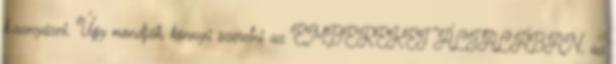
k.aanyázni. Úgy mondják, könnyű szeretni az EMBEREKET ÁLTALÁBAN, az